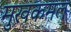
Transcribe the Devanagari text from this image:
मुखकमल